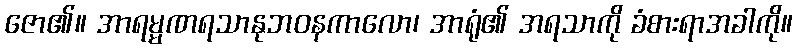
ဇော၏။ အာရမ္မဏရသာနုဘဝနကာလော၊ အာရုံ၏ အရသာကို ခံစားရာအခါကို။